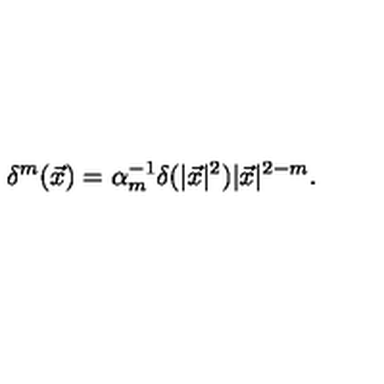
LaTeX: \delta ^ { m } ( \vec { x } ) = \alpha _ { m } ^ { - 1 } \delta ( | \vec { x } | ^ { 2 } ) | \vec { x } | ^ { 2 - m } .